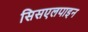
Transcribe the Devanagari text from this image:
सिसएलपाइन